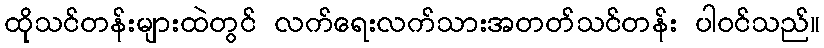
ထိုသင်တန်းများထဲတွင် လက်ရေးလက်သားအတတ်သင်တန်း ပါဝင်သည်။